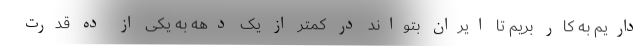
داریم به کار بریم تا ایران بتواند در کمتر از یک دهه به یکی از ده قدرت‌